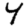
Digit: 4